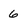
Character: 6